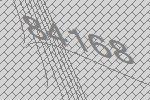
84168